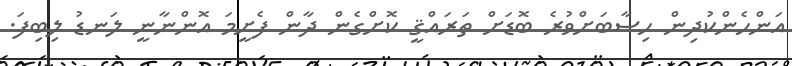
އަންހެންކުދިން ހިސާބަށްވުރެ ބޮޑަށް ތަރައްޤީ ކޮށްގެން ދާން ފެށީމަ އޮންނާނީ ލަނޑު ލިބިފަ.